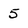
Character: 5